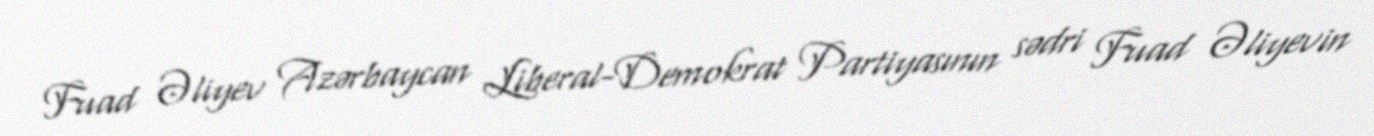
Fuad Əliyev Azərbaycan Liberal-Demokrat Partiyasının sədri Fuad Əliyevin